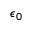
\epsilon _ { 0 }